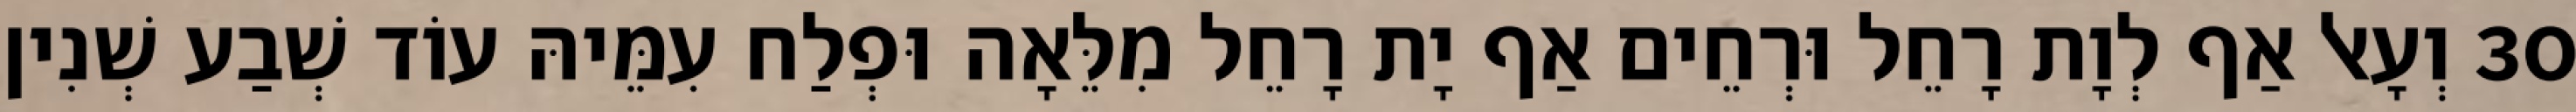
30 וְעָאל אַף לְוָת רָחֵל וּרְחֵים אַף יָת רָחֵל מִלֵּאָה וּפְלַח עִמֵּיהּ עוֹד שְׁבַע שְׁנִין